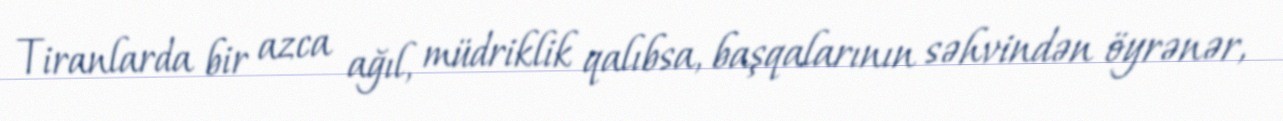
Tiranlarda bir azca ağıl, müdriklik qalıbsa, başqalarının səhvindən öyrənər,